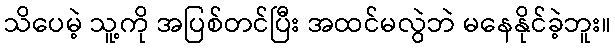
သိပေမဲ့ သူ့ကို အပြစ်တင်ပြီး အထင်မလွဲဘဲ မနေနိုင်ခဲ့ဘူး။